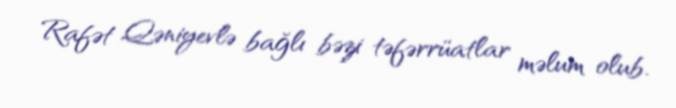
Rafət Qəniyevlə bağlı bəzi təfərrüatlar məlum olub.